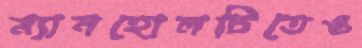
ম্যানহোলটিতেও